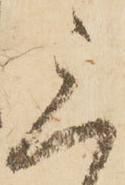
三